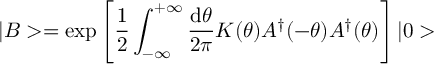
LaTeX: | B > = \exp \left[ \frac { 1 } { 2 } \int _ { - \infty } ^ { + \infty } \frac { \mathrm { d } \theta } { 2 \pi } K ( \theta ) A ^ { \dagger } ( - \theta ) A ^ { \dagger } ( \theta ) \right] | 0 >